画像に写った文字を読んでください
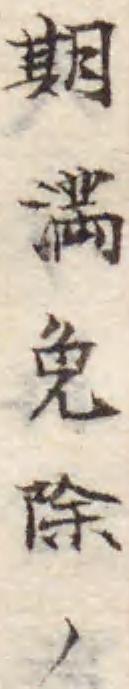
「期満免除ノ」と書いてあります